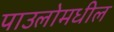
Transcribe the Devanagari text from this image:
पाउलोमधील